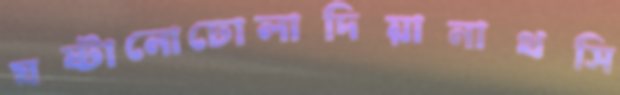
ঘষ্টানোঢোলাদিয়ানাথসি